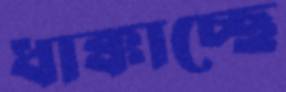
ধাক্কাচ্ছে